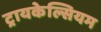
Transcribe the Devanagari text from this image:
ट्रायकेल्सियम